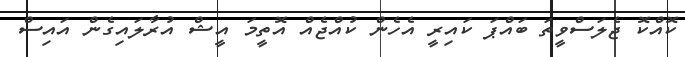
ކޮއްކޮ ޖެލަސްވީތަ ބައްޕަ ކައިރީ އެހެން ކުއްޖެއް އޮތީމަ އީޝް އުރާލައިގެން އައިސް